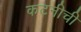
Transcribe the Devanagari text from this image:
कटनीची